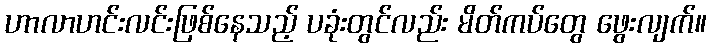
ဟာလာဟင်းလင်းဖြစ်နေသည့် ပခုံးတွင်လည်း မိတ်ကပ်တွေ ဖွေးလျက်။